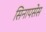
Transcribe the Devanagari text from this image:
सिनापसेस